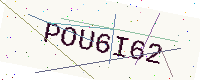
Text: POU6I62